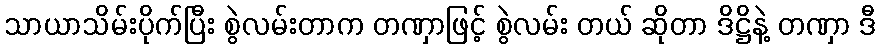
သာယာသိမ်းပိုက်ပြီး စွဲလမ်းတာက တဏှာဖြင့် စွဲလမ်း တယ် ဆိုတာ ဒိဋ္ဌိနဲ့ တဏှာ ဒီ